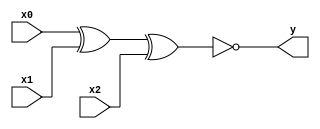
module xnor_i3(y, x0, x1, x2);
	output y;
	input x0, x1, x2;
		
	assign y = ~(x0 ^ x1 ^ x2);
endmodule

module xnor_i2(y, x0, x1);
	output y;
	input x0, x1;
		
	assign y = ~(x0 ^ x1);
endmodule
	
module xnor_i2_3b(y, a, b);
	output [3:0] y;
	input  [2:0] a, b;
      
	xnor_i2 g0(y[0], a[0], b[0]);
	xnor_i2 g1(y[1], a[1], b[1]);
	xnor_i2 g2(y[2], a[2], b[2]);
	assign y[3] = 1'b0;
endmodule // xnor_i2_3b